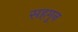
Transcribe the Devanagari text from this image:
सहगुन